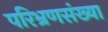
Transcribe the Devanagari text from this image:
परिभ्रणसंख्या